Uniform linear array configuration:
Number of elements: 64
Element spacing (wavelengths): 0.75
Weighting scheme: kaiser
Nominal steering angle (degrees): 0
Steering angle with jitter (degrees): -0.8845
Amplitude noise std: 0.05
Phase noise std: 0.05

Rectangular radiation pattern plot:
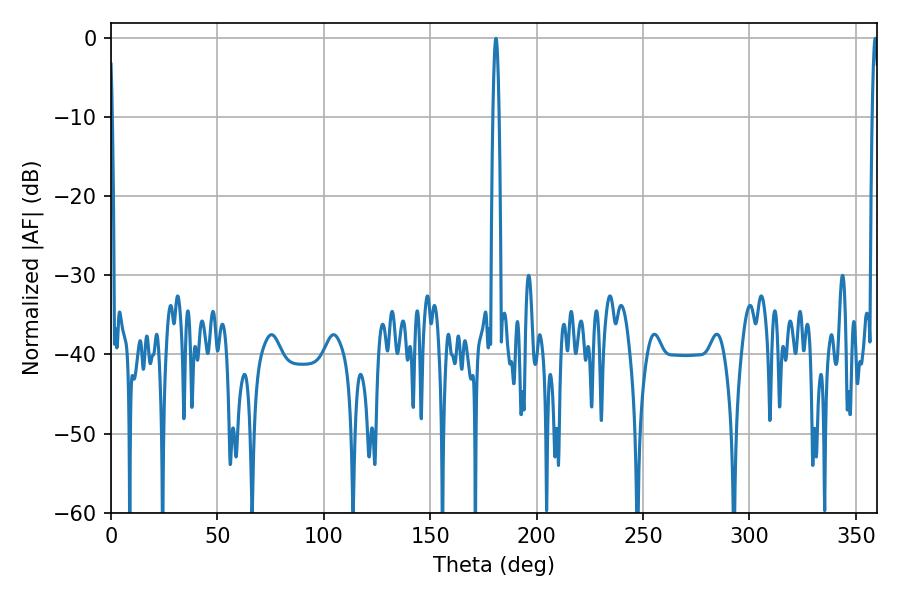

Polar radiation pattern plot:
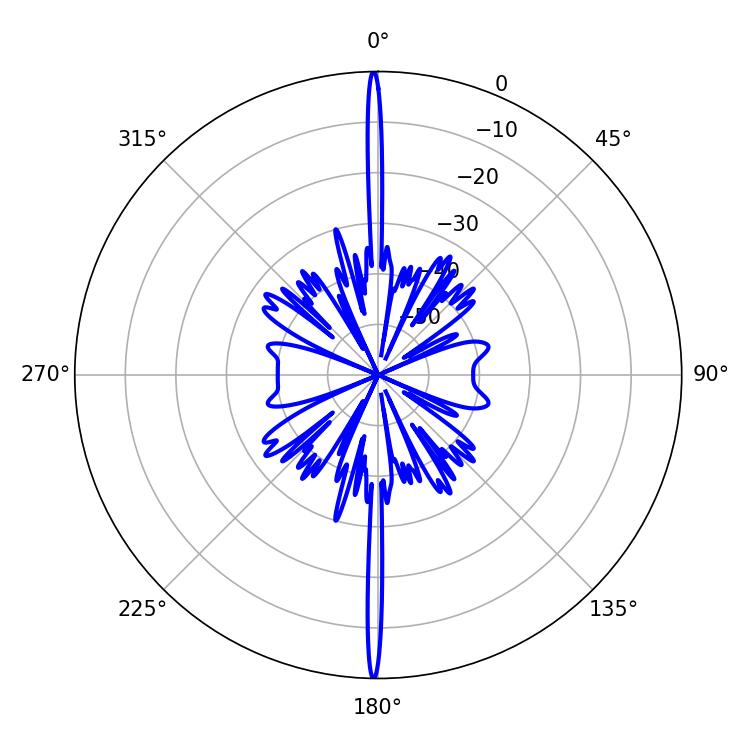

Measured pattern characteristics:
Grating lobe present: TRUE
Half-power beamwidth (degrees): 1.44
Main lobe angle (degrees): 359.1